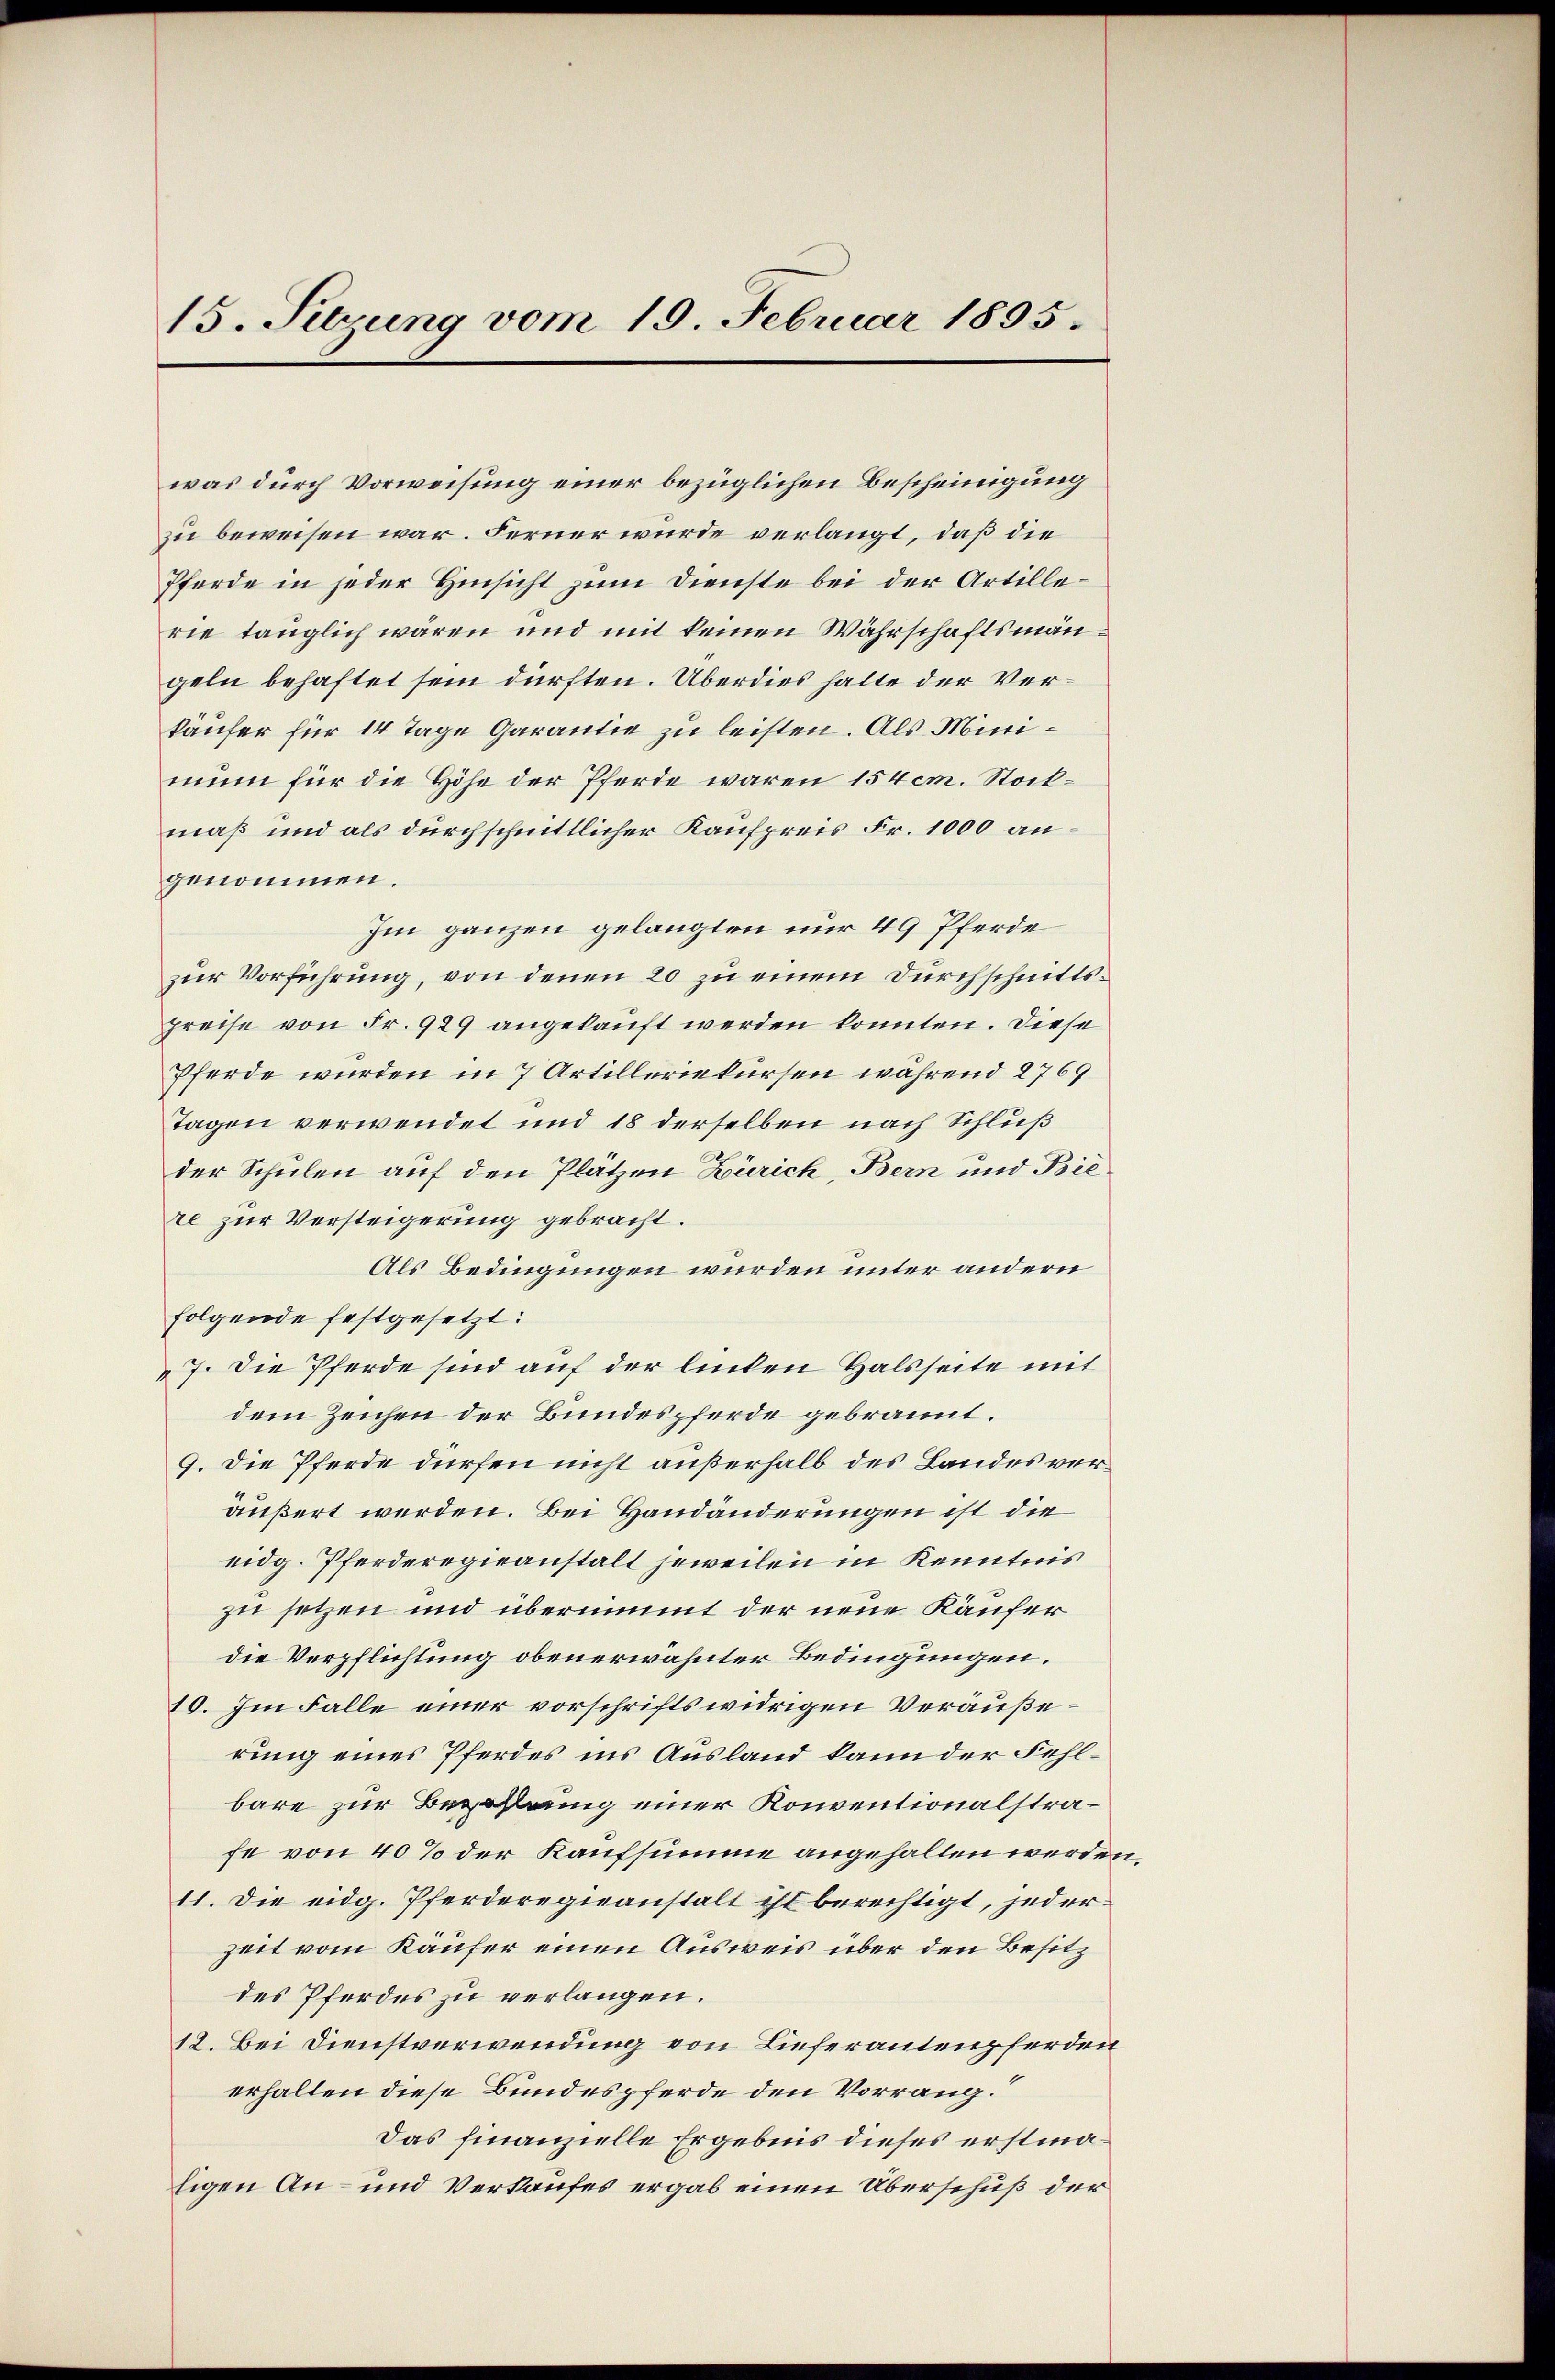
15. Sitzung vom 19. Februar 1895.

was durch Vorweisung einer bezüglichen Bescheinigung
zu beweisen war. Ferner wurde verlangt, daß die
Pferde in jeder Hinsicht zum Dienste bei der Artillerie tauglich wären und mit keinen Währschaftsmängeln behaftet sein dürften. Überdies hatte der Verkäufer für 14 Tage Garantie zu leisten. Als Minimum für die Höhe der Pferde waren 154cm. Stockmäß und als durchschnittlicher Kaufpreis Fr. 1000 angenommen.
Im ganzen gelangten nur 49 Pferde
zur Vorführung, von denen 20 zu einem Durchschnittspreise von Fr. 929 angekauft werden konnten. Diese
Pferde wurden in 7 Artilleriekursen während 2769
Tagen verwendet und 18 derselben nach Schluß
der Schulen auf den Plätzen Zürich, Bern und Bie
re zur Versteigerung gebracht.
Als Bedingungen wurden unter andern
folgende festgesetzt:
7. Die Pferde sind auf der linken Halsseite mit
dem Zeichen der Bundespferde gebrannt.
9. Die Pferde dürfen nicht außerhalb des Landes veräußert werden. Bei Handänderungen ist die
eidg. Pferderegieanstalt jeweilen in Kenntnis
zu setzen und übernimmt der neue Käufer
die Verpflichtung obenerwähnter Bedingungen.
10. Im Falle einer vorschrifts widrigen Veräußerung eines Pferdes ins Ausland kann der Fehlbare zur Bezahlung einer Konventionalstrafe von 40% der Kaufsumme angehalten werde
11. Die eidg. Pferderegieanstalt ist berechtigt, jederzeit vom Käufer einen Ausweis über den Besitz
des Pferdes zu verlangen.
12. Bei Dienstverwendung von Lieferantenpferden
erhalten diese Bundespferde den Vorrang.“
Das finanzielle Ergebnis dieses erstma¬
Eigen An- und Verkaufes ergab einen Überschuß der